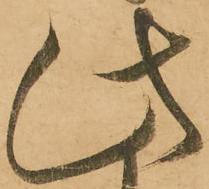
此